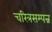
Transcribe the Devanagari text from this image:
चरित्रसम्पन्न